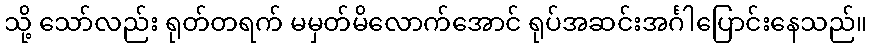
သို့ သော်လည်း ရုတ်တရက် မမှတ်မိလောက်အောင် ရုပ်အဆင်းအင်္ဂါပြောင်းနေသည်။